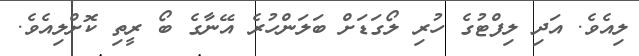
ލިއެވެ. އަދި ލިފްޓުގެ ހުރި ލޯގަޑަށް ބަލަންހުރެ އޭނާގެ ބޯ ރީތި ކޮށްލިއެވެ.